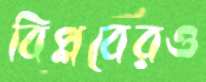
বিপ্লবেরও